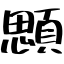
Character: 顋